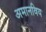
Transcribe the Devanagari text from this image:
अमानविय